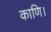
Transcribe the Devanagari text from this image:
काणि।